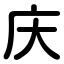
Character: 庆